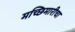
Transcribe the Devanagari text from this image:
मच्छिमारीचा